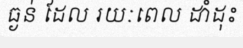
ធ្ងន់ ដែល រយៈពេល ដាំដុះ